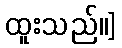
ထူးသည်။]